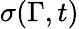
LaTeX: \sigma(\Gamma,t)